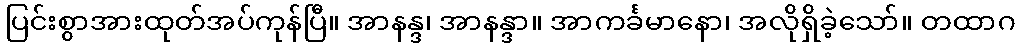
ပြင်းစွာအားထုတ်အပ်ကုန်ပြီ။ အာနန္ဒ၊ အာနန္ဒာ။ အာကင်္ခမာနော၊ အလိုရှိခဲ့သော်။ တထာဂ